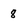
Character: 8